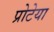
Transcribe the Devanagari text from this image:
प्रोटेया